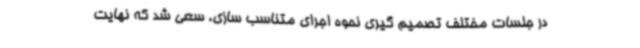
در جلسات مختلف تصمیم گیری نحوه اجرای متناسب سازی، سعی شد که نهایت